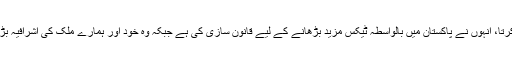
سالہا سال ہمارے قانون ساز، جن کا ایک تہائی حصہ ٹیکس ادا ہی نہیں کرتا، انہوں نے پاکستان میں بالواسطہ ٹیکس مزید بڑھانے کے لیے قانون سازی کی ہے جبکہ وہ خود اور ہمارے ملک کی اشرافیہ بڑے پیمانے پر قابل ٹیکس اثاثے بیرونی ملک منتقل کرنے میں شامل ہیں۔